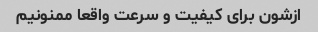
ازشون برای کیفیت و سرعت واقعا ممنونیم